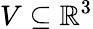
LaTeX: V\subseteq\mathbb{R}^{3}